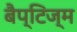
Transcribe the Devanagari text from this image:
बैप्टिज्म